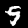
Label: 9